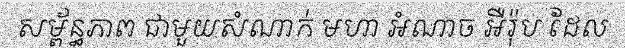
សម្ព័ន្ធភាព ជាមួយសំណាក់ មហា អំណាច អឺរ៉ុប ដែល